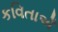
કવિતાએઁ